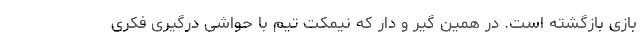
بازی بازگشته است. در همین گیر و دار که نیمکت تیم با حواشی درگیری فکری